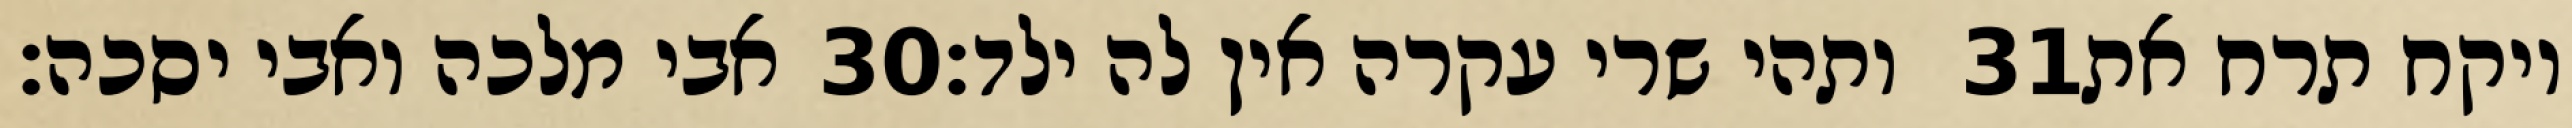
אבי מלכה ואבי יסכה׃ ‎30‏ ותהי שרי עקרה אין לה ילד׃ ‎31‏ ויקח תרח את